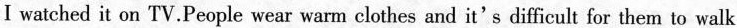
I watched it on TV.People wear warm clothes and it's difficult for them to walk